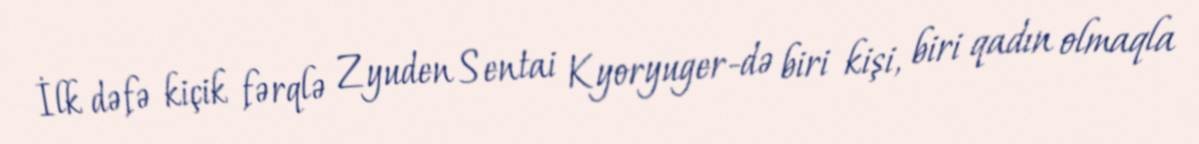
İlk dəfə kiçik fərqlə Zyuden Sentai Kyoryuger-də biri kişi, biri qadın olmaqla